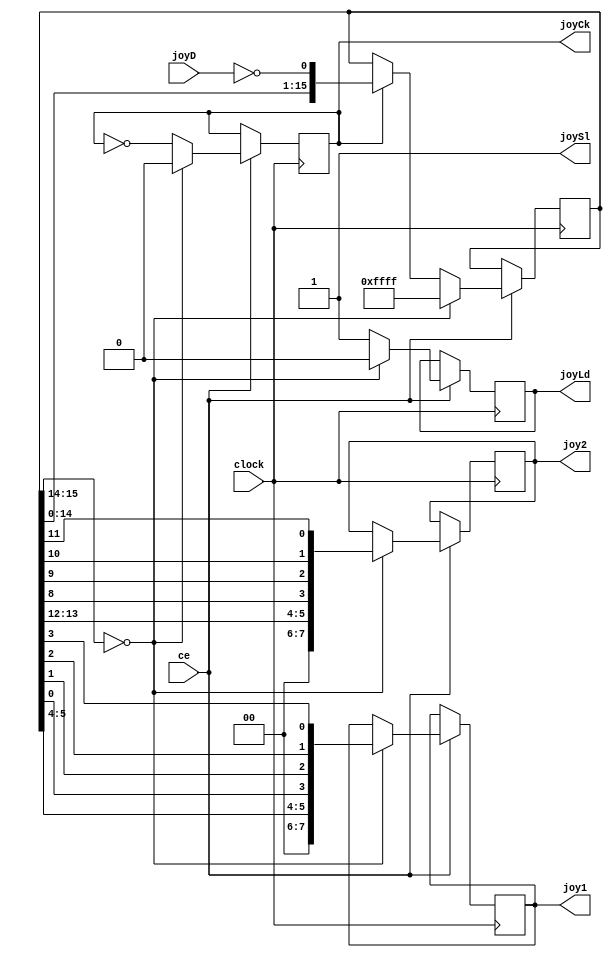
//-------------------------------------------------------------------------------------------------
module joystick
//-------------------------------------------------------------------------------------------------
(
	input  wire       clock,
	input  wire       ce,

	output reg [ 7:0] joy1,
	output reg [ 7:0] joy2,

	output wire       joySl,
	output reg        joyCk,
	output reg        joyLd,
	input  wire       joyD
);
//-------------------------------------------------------------------------------------------------

initial joy1 = 8'h00;
initial joy2 = 8'h00;
initial joyCk = 1'b0;

reg[15:0] joyQ = 16'hFFFF;

always @(posedge clock) if(ce)
if(joyQ[15:14] == 2'b00)
begin
	joyCk <= 1'b0;
	joyLd <= 1'b0;
	joyQ <= 16'hFFFF;
	joy1 <= { 2'b00, joyQ[ 5], joyQ[ 4], joyQ[0], joyQ[1], joyQ[ 2], joyQ[ 3] };
	joy2 <= { 2'b00, joyQ[13], joyQ[12], joyQ[8], joyQ[9], joyQ[10], joyQ[11] };
end
else
begin
	joyCk <= ~joyCk;
	if(!joyLd) joyLd <= 1'b1;
	if(joyCk) joyQ <= { joyQ[14:0], ~joyD };
end

//-------------------------------------------------------------------------------------------------

assign joySl = 1'b1;

//-------------------------------------------------------------------------------------------------
endmodule
//-------------------------------------------------------------------------------------------------